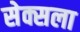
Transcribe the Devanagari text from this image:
सेक्सला